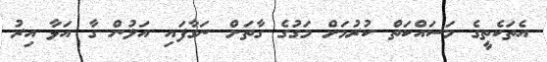
އެތަކެތީގެ މަސައްކަތް ކުރުމަށް މަގުގެ ގާތަށް ނަގާފައި އަލުން ގާ އަޅާ އިރު